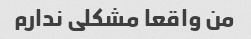
من واقعا مشکلی ندارم